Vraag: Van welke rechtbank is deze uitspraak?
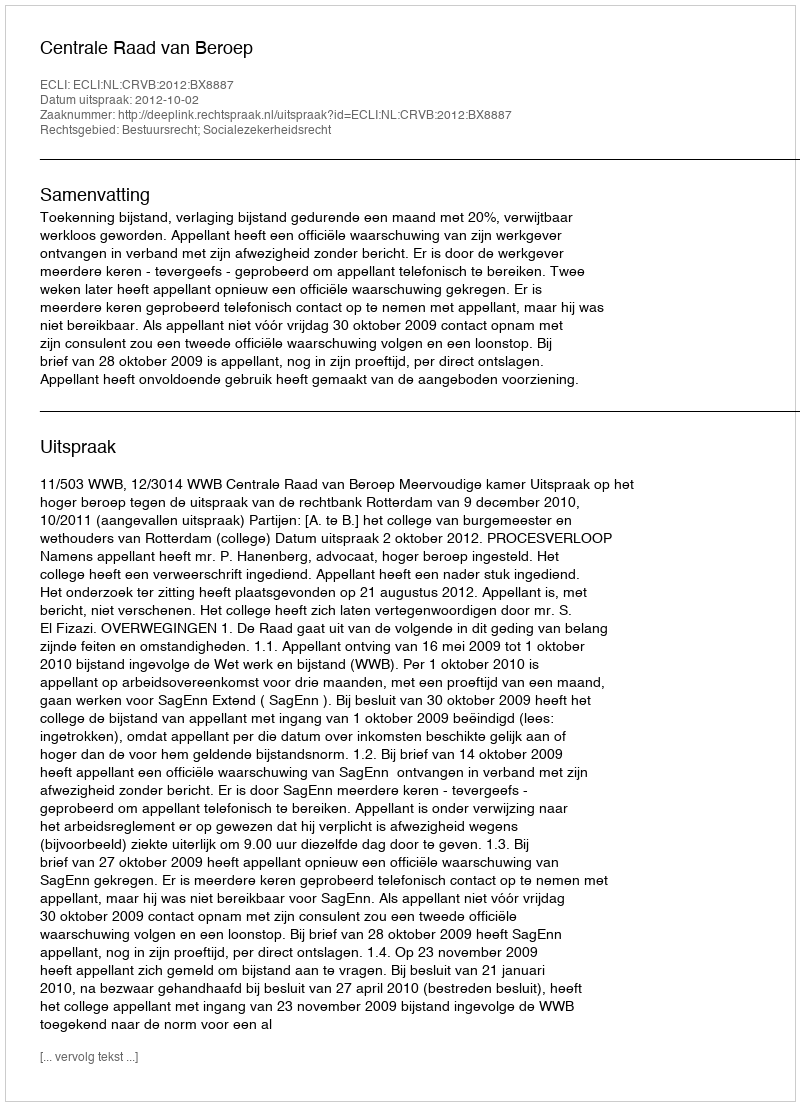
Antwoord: Centrale Raad van Beroep